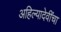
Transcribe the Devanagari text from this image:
अहिल्यादेवींचा